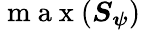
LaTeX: \mathrm{~m~a~x~}(\boldsymbol{S}_{\boldsymbol{\psi}})